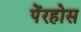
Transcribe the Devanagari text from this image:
पेंरहोस